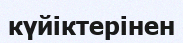
күйіктерінен